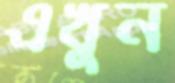
এখুন